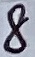
Text: 8